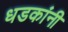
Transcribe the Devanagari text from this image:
धडकांनी